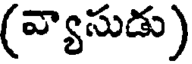
(వ్యాసుడు)